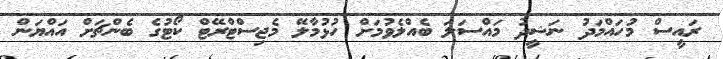
ރައީސް މުހައްމަދު ނަޝީދު މައްސަލަ ބެއްލެވުމަށް ހުޅުމާލޭ މެޖިސްޓްރޭޓް ކޯޓުގެ ބެންޗަށް އައްޔަން